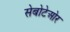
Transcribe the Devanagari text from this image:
सेबोटेओर